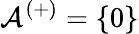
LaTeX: \mathcal{A}^{(+)}=\left\{ 0\right\}